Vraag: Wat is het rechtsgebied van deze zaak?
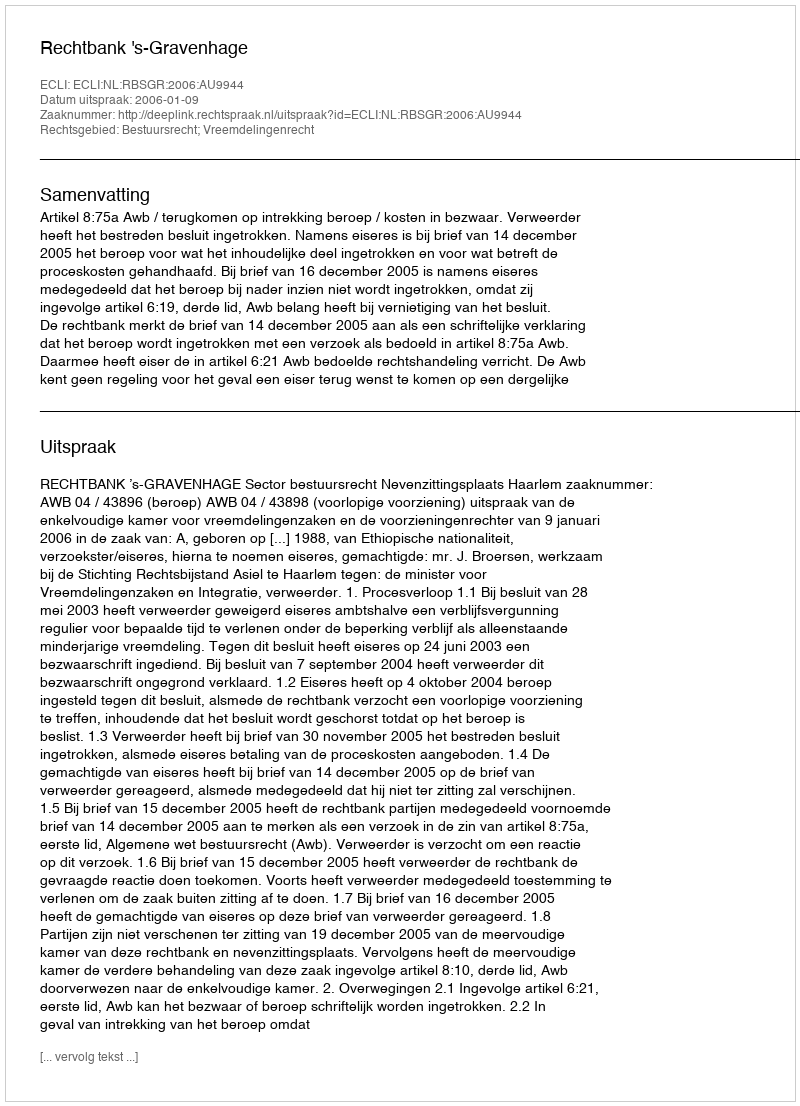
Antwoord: Bestuursrecht; Vreemdelingenrecht